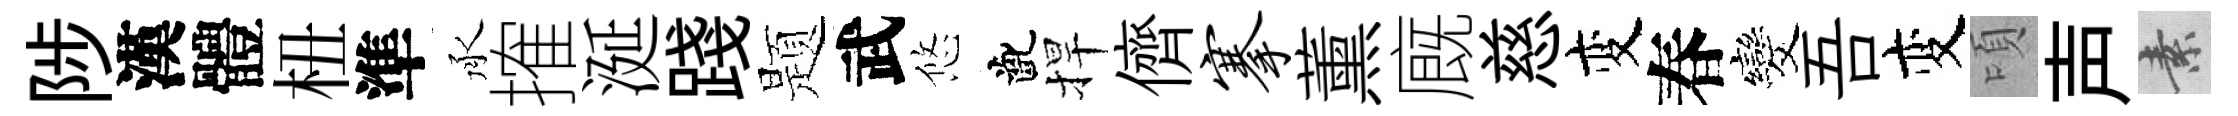
陟漢體杻準承搉涎踐题武悠齔捍儕搴薰廐慈变春发吾变頃声素